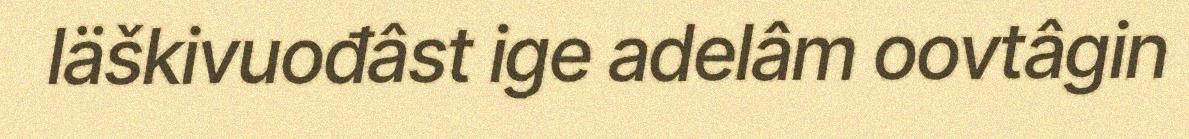
läškivuođâst ige adelâm oovtâgin